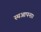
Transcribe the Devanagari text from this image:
स्थआपना।